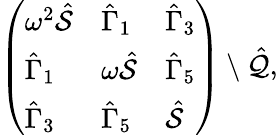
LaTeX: \begin{array}{r}{\left(\begin{array}{lll}{\omega^{2}\hat{\mathcal{S}}}&{\hat{\Gamma}_{1}}&{\hat{\Gamma}_{3}}\\ {\hat{\Gamma}_{1}}&{\omega\hat{\mathcal{S}}}&{\hat{\Gamma}_{5}}\\ {\hat{\Gamma}_{3}}&{\hat{\Gamma}_{5}}&{\hat{\mathcal{S}}}\end{array}\right)\setminus\hat{\mathcal{Q}},}\end{array}